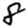
Digit: 8